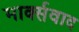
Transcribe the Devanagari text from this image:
मार्क्‍सवाद